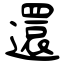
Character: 還